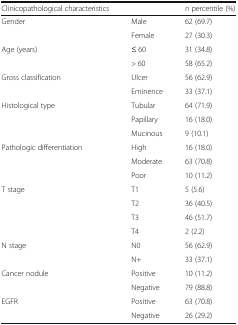
<table><thead><tr><td><b>Clinicopathological characteristics</b></td><td></td><td><b><i>n</i> percentile (%)</b></td></tr></thead><tbody><tr><td rowspan="2">Gender</td><td>Male</td><td>62 (69.7)</td></tr><tr><td>Female</td><td>27 (30.3)</td></tr><tr><td rowspan="2">Age (years)</td><td>≤ 60</td><td>31 (34.8)</td></tr><tr><td>&gt; 60</td><td>58 (65.2)</td></tr><tr><td rowspan="2">Gross classification</td><td>Ulcer</td><td>56 (62.9)</td></tr><tr><td>Eminence</td><td>33 (37.1)</td></tr><tr><td rowspan="3">Histological type</td><td>Tubular</td><td>64 (71.9)</td></tr><tr><td>Papillary</td><td>16 (18.0)</td></tr><tr><td>Mucinous</td><td>9 (10.1)</td></tr><tr><td rowspan="3">Pathologic differentiation</td><td>High</td><td>16 (18.0)</td></tr><tr><td>Moderate</td><td>63 (70.8)</td></tr><tr><td>Poor</td><td>10 (11.2)</td></tr><tr><td rowspan="4">T stage</td><td>T1</td><td>5 (5.6)</td></tr><tr><td>T2</td><td>36 (40.5)</td></tr><tr><td>T3</td><td>46 (51.7)</td></tr><tr><td>T4</td><td>2 (2.2)</td></tr><tr><td rowspan="2">N stage</td><td>N0</td><td>56 (62.9)</td></tr><tr><td>N+</td><td>33 (37.1)</td></tr><tr><td rowspan="2">Cancer nodule</td><td>Positive</td><td>10 (11.2)</td></tr><tr><td>Negative</td><td>79 (88.8)</td></tr><tr><td rowspan="2">EGFR</td><td>Positive</td><td>63 (70.8)</td></tr><tr><td>Negative</td><td>26 (29.2)</td></tr></tbody></table>